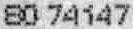
80 74147